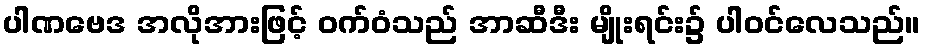
ပါဏဗေဒ အလိုအားဖြင့် ဝက်ဝံသည် အာဆီဒီး မျိုးရင်း၌ ပါဝင်လေသည်။